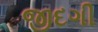
જીદગી